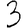
Digit: 3